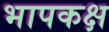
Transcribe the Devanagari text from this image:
भापकक्ष